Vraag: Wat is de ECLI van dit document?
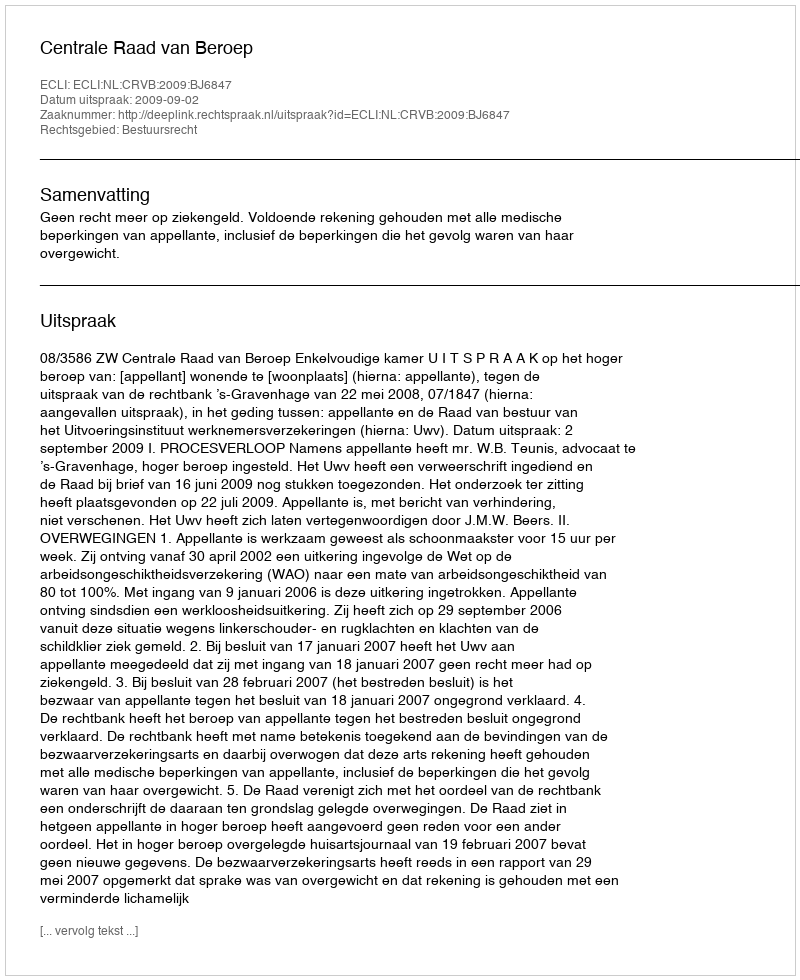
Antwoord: ECLI:NL:CRVB:2009:BJ6847